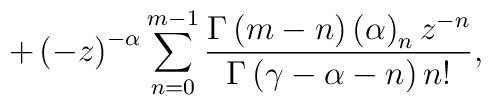
+\left( -z\right) ^{-\alpha}\sum^{m-1}_{n=0} \frac{\Gamma \left( m-n\right) \left( \alpha \right)_nz^{-n}}{\Gamma\left( \gamma -\alpha -n\right) n!},